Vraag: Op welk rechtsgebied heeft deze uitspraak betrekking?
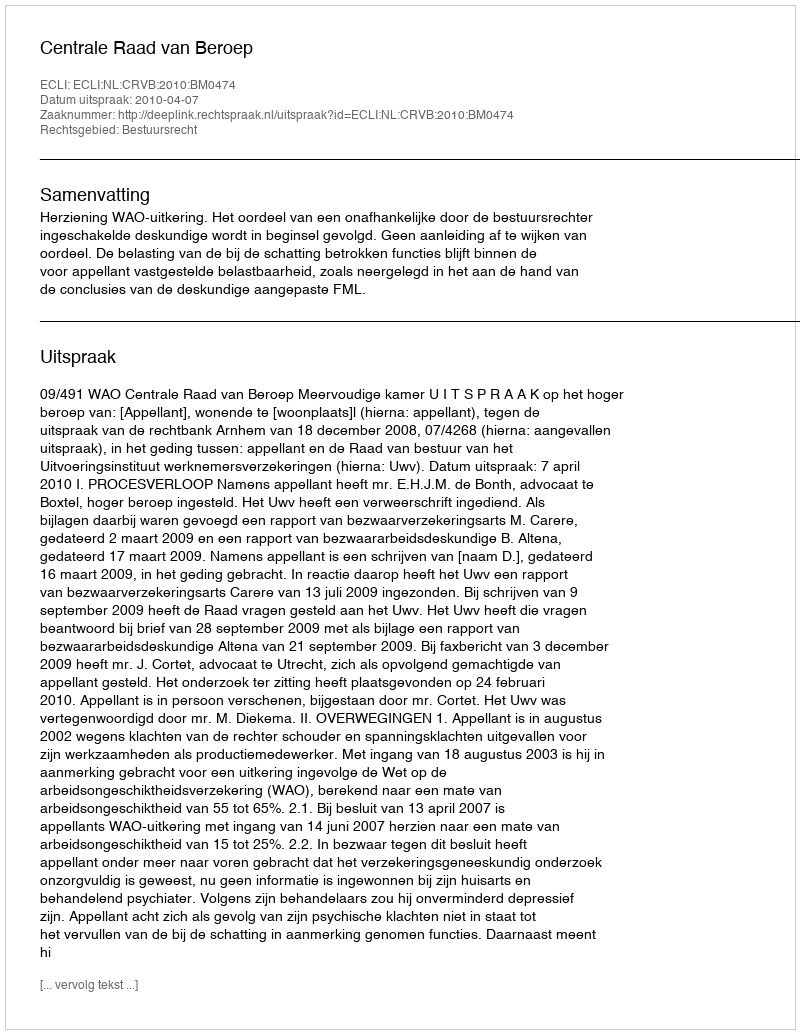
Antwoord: Bestuursrecht